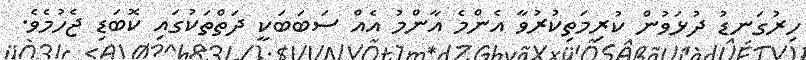
ހިރުގަނޑު ދުޅަވުން ކުރިމަތިކުރުވާ އެންމެ އާންމު އެއް ސަބަބަކީ ދަތްތަކުގައި ކޮބަޑި ޖެހުމެވެ.